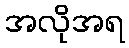
အလိုအရ